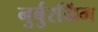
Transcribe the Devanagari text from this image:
नुर्बुरग्रिंग